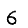
Digit: 6